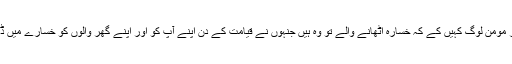
اور مومن لوگ کہیں کے کہ خسارہ اٹھانے والے تو وہ ہیں جنہوں نے قیامت کے دن اپنے آپ کو اور اپنے گھر والوں کو خسارے میں ڈالا۔